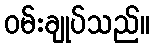
ဝမ်းချုပ်သည်။